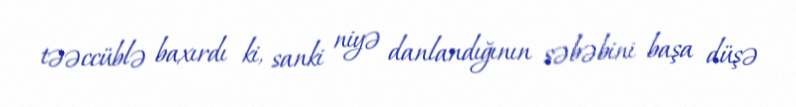
təəccüblə baxırdı ki, sanki niyə danlandığının səbəbini başa düşə